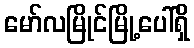
မော်လမြိုင်မြို့ပေါ်ရှိ